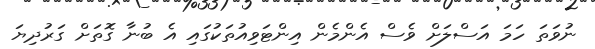
ނުވަތަ ހަމަ އަސްލަށް ވެސް އެންމެން އިންޓަވިއުތަކުގައި އެ ބުނާ ގޮތަށް ގަރުދިޔަ